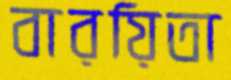
বারয়িতা